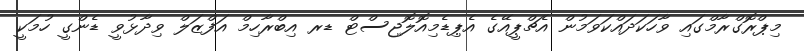
މިޕްރޮގްރާމްގައި ވާހަކަދައްކަވަމުން އެޗްޕީއޭގެ އެޕިޑެމިއޮލޮޖިސްޓް ޑރ އިބްރާހިމް އަފްޒަލް ވިދާޅުވީ ޑެންގީ ހުމަަކީ